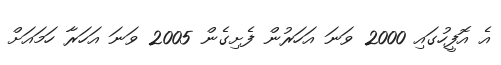
އެ އޮފީހުގައި 2000 ވަނަ އަހަރުން ފެށިގެން 2005 ވަނަ އަހަރާ ހަމައަށް